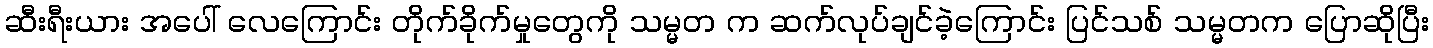
ဆီးရီးယား အပေါ် လေကြောင်း တိုက်ခိုက်မှုတွေကို သမ္မတ က ဆက်လုပ်ချင်ခဲ့ကြောင်း ပြင်သစ် သမ္မတက ပြောဆိုပြီး